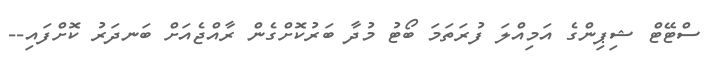
ސްޓޭޓް ޝިޕިންގެ އަމިއްލަ ފުރަތަމަ ބޯޓު މުދާ ބަރުކޮށްގެން ރާއްޖެއަށް ބަނދަރު ކޮށްފައި--